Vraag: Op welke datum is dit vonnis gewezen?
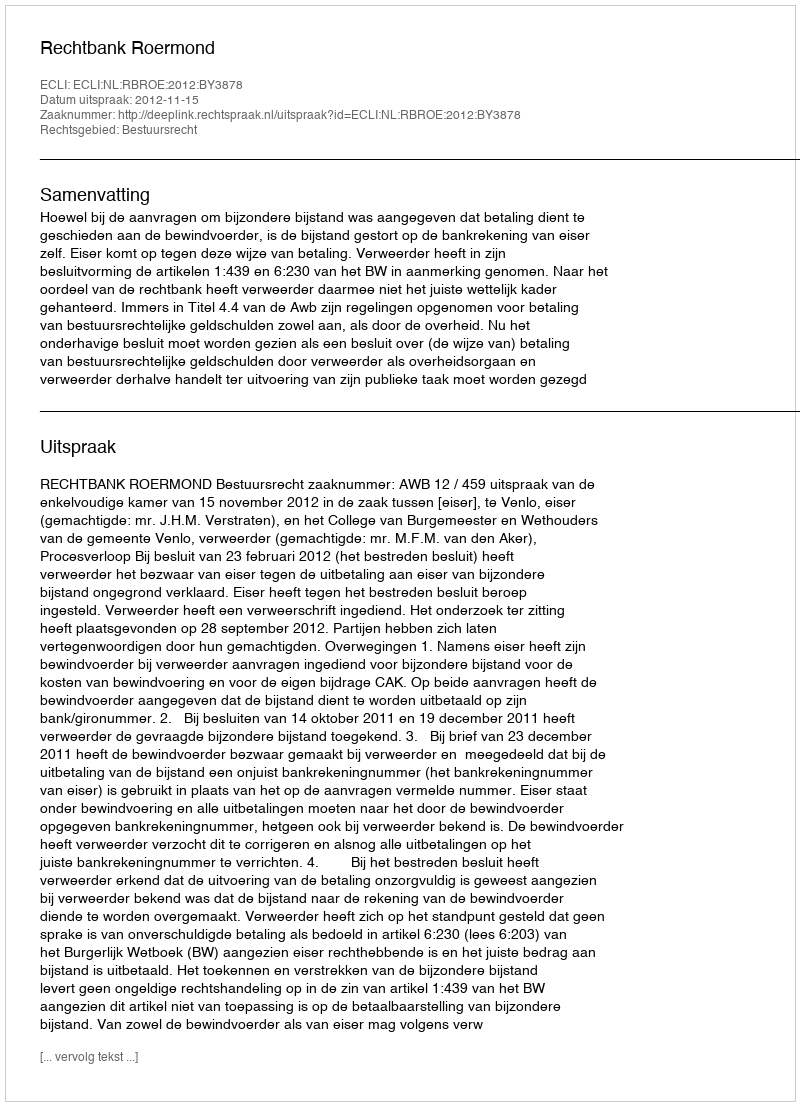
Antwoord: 2012-11-15